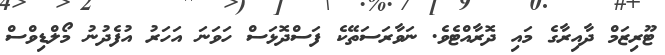
ޓޫރިޒަމް ދާއިރާގެ މައި ދޮރާއްޓެވެ. ނަވާރަސަތޭކެ ފަސްދޮޅަސް ހަވަނަ އަހަރު އުފެދުނު މޯލްޑިވްސް